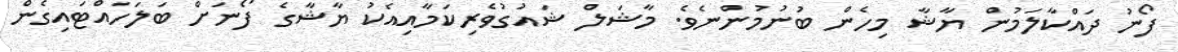
ފޯނު ދައްކާލަމުން ޔާޝާ މިހެން ބުނުމުންނެވެ. މާޝަލް ޝައުގުވެރިކަމާއިއެކު ޔާޝާގެ ފޯނަށް ބަލަހައްޓައިގެން